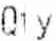
QTY